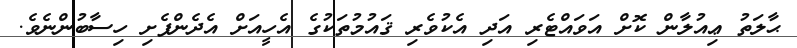
ޙާލަތު ޢިއުލާން ކޮށް އަވައްޓެރި އަދި އެކުވެރި ޤައުމުތަކުގެ އެހީއަށް އެދެންފެށި ހިސާބުންނެވެ.